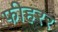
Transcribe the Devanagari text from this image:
फीहरर